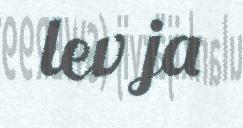
lev ja